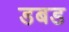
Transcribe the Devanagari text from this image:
डबड